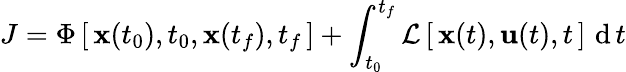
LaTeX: J=\Phi\, [\, {\textbf{x}}(t_{0}),t_{0},{\textbf{x}}(t_{f}),t_{f}\, ]+\int_{t_{0}}^{t_{f}}{\mathcal{L}}\, [\, {\textbf{x}}(t),{\textbf{u}}(t),t\, ]\, \operatorname{d}t